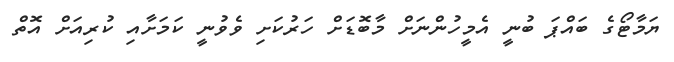
ޔަމާޓޯގެ ބައްޕަ ބުނީ އެމީހުންނަށް މާބޮޑަށް ހަރުކަށި ވެވުނީ ކަމަށާއި ކުރިއަށް އޮތް